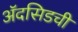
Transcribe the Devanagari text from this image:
ॲदसिडची